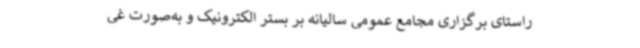
راستای برگزاری مجامع عمومی سالیانه بر بستر الکترونیک و به‌صورت غی